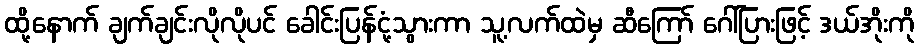
ထို့နောက် ချက်ချင်းလိုလိုပင် ခေါင်းပြန်ငုံ့သွားကာ သူ့လက်ထဲမှ ဆီကြော် ဂေါ်ပြားဖြင့် ဒယ်အိုးကို